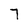
Character: 7